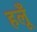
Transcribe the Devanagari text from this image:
हलूँ